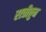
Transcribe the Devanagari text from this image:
रात्रीतुन